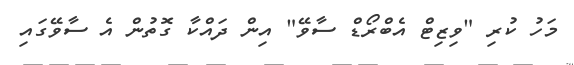
މަހު ކުރި "ވިޒިޓް އެބްރޯޑް ސާވޭ" އިން ދައްކާ ގޮތުން އެ ސާވޭގައި